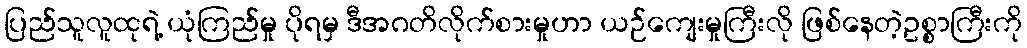
ပြည်သူလူထုရဲ့ ယုံကြည်မှု ပိုရမှ ဒီအဂတိလိုက်စားမှုဟာ ယဉ်ကျေးမှုကြီးလို ဖြစ်နေတဲ့ဥစ္စာကြီးကို